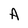
Character: A